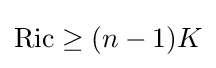
\mathrm {Ric} \geq (n-1)K